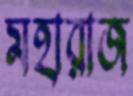
মহারাজ